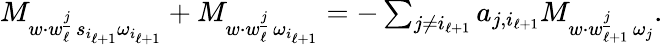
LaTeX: \begin{array}{r}{M_{w\cdot w_{\ell}^{\underline{{j}}}\, s_{i_{\ell+1}}\omega_{i_{\ell+1}}}+M_{w\cdot w_{\ell}^{\underline{{j}}}\, \omega_{i_{\ell+1}}}=-\sum_{j\neq i_{\ell+1}}a_{j,{i_{\ell+1}}}M_{w\cdot w_{\ell+1}^{\underline{{j}}}\, \omega_{j}}.}\end{array}